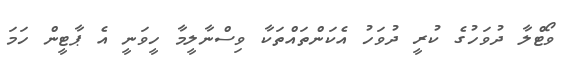
ވޯޓްލާ ދުވަހުގެ ކުރީ ދުވަހު އެކަންތައްތަކާ ވިސްނާލީމާ ހީވަނީ އެ ޕާޓީން ހަމަ